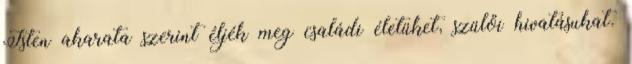
Isten akarata szerint éljék meg családi életüket, szülői hivatásukat.